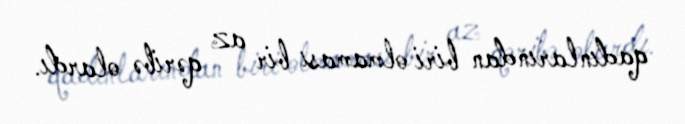
qadınlarından biri olmaması bir az qəribə olardı.